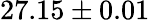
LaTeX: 27.15\pm 0.01